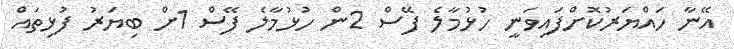
އޭނާ ހައްޔަރުކޮށްފައިވަނީ ހުޅުމާލެ ފޭސް 2ން ހުޅުމާލެ ފޭސް 1ށް ބިޔަރު ފުޅިތައް